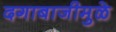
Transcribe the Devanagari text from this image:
दगाबाजीमुळे